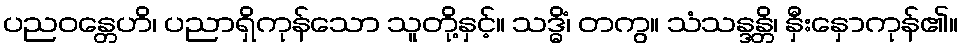
ပညဝန္တေဟိ၊ ပညာရှိကုန်သော သူတို့နှင့်။ သဒ္ဓိံ၊ တကွ။ သံသန္ဒန္တိ၊ နှီးနှောကုန်၏။